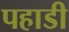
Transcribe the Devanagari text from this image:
पहाडी